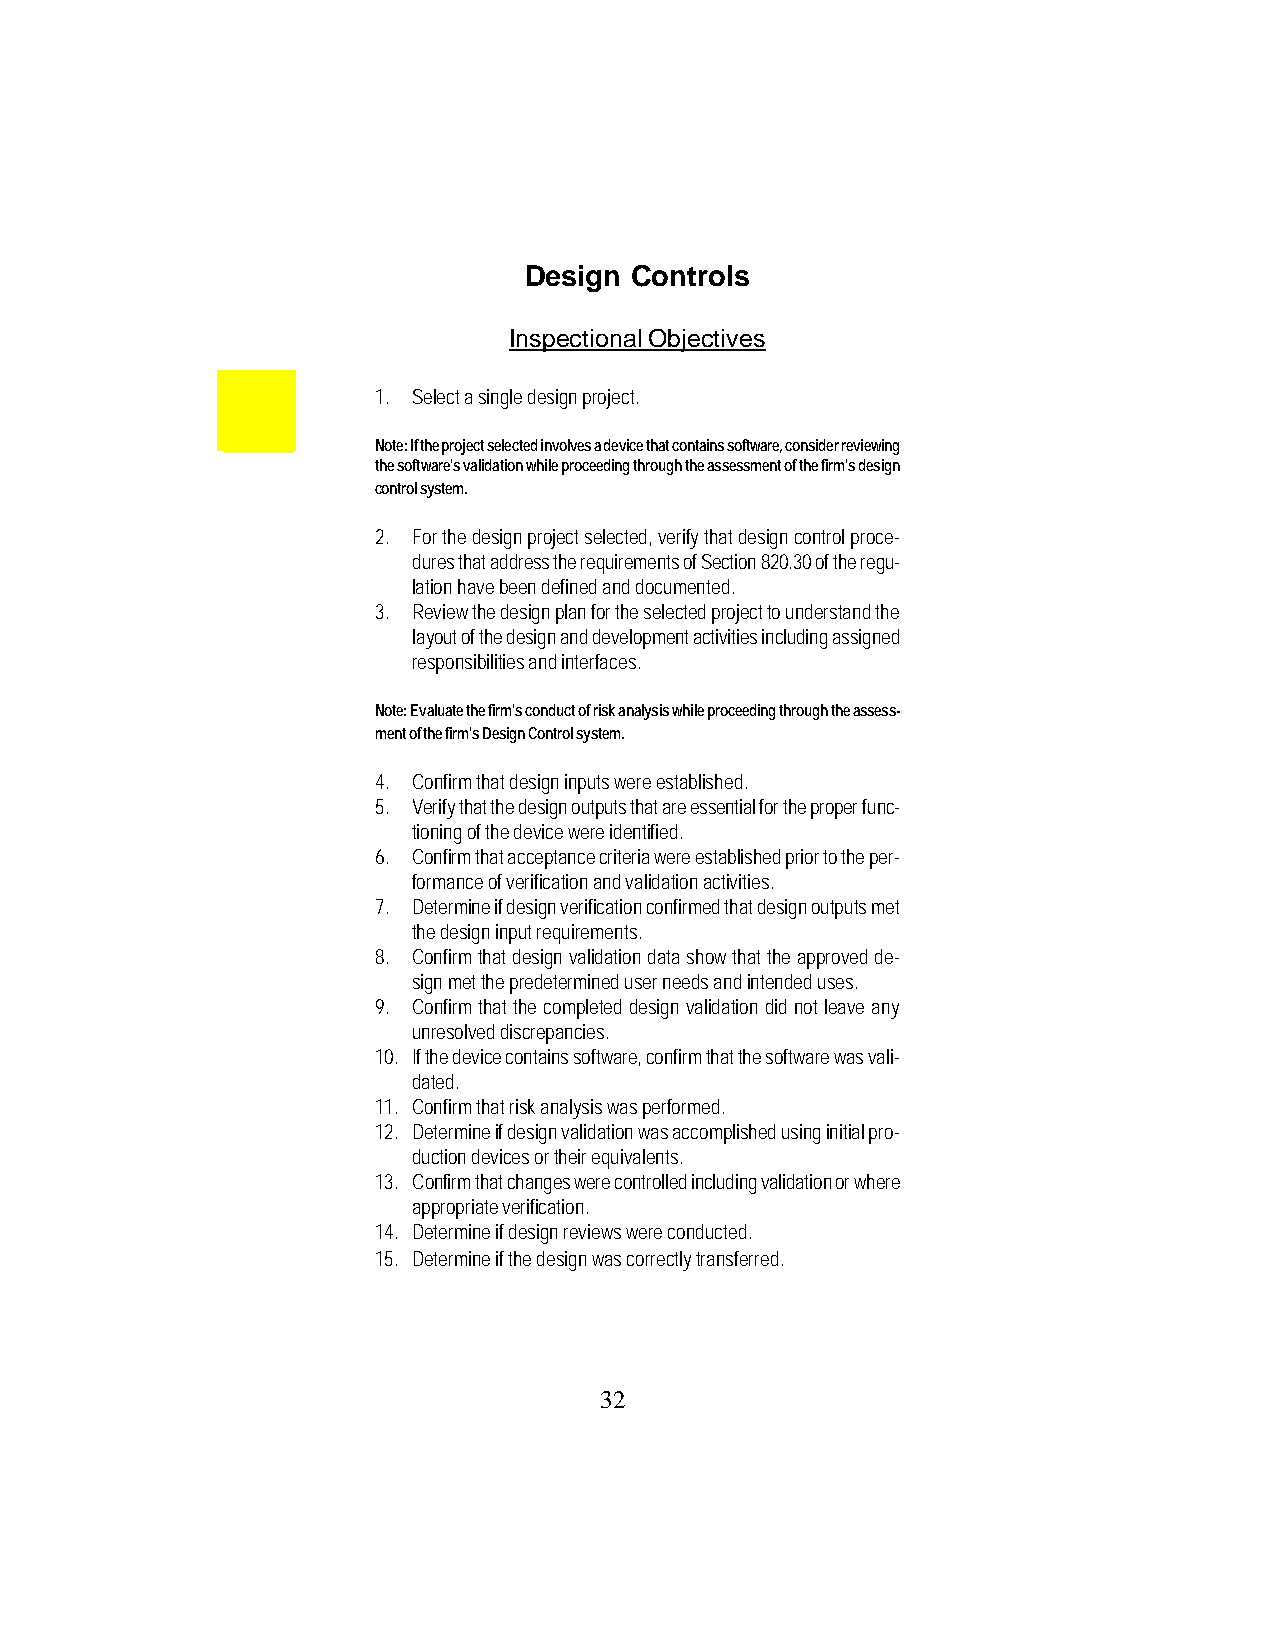
Design Controls
 Inspectional Objectives
 1. Select a single design project.
 Note: If the project selected involves a device that contains software, consider reviewing
 the software's validation while proceeding through the assessment of the firm's design
 control system.
 2. For the design project selected, verify that design control proce-
 dures that address the requirements of Section 820.30 of the regu-
 lation have been defined and documented.
 3. Review the design plan for the selected project to understand the
 layout of the design and development activities including assigned
 responsibilities and interfaces.
 Note: Evaluate the firm's conduct of risk analysis while proceeding through the assess-
 ment of the firm's Design Control system.
 4. Confirm that design inputs were established.
 5. Verify that the design outputs that are essential for the proper func-
 tioning of the device were identified.
 6. Confirm that acceptance criteria were established prior to the per-
 formance of verification and validation activities.
 7. Determine if design verification confirmed that design outputs met
 the design input requirements.
 8. Confirm that design validation data show that the approved de-
 sign met the predetermined user needs and intended uses.
 9. Confirm that the completed design validation did not leave any
 unresolved discrepancies.
 10. If the device contains software, confirm that the software was vali-
 dated.
 11. Confirm that risk analysis was performed.
 12. Determine if design validation was accomplished using initial pro-
 duction devices or their equivalents.
 13. Confirm that changes were controlled including validation or where
 appropriate verification.
 14. Determine if design reviews were conducted.
 15. Determine if the design was correctly transferred.
 32